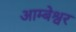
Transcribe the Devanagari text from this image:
आम्बेश्वर